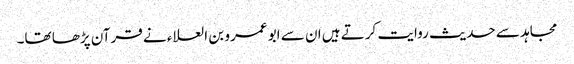
مجاہد سے حدیث روایت کرتے ہیں ان سے ابو عمرو بن العلاء نے قرآن پڑھا تھا۔